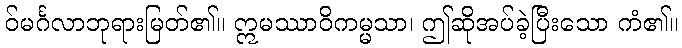
ဝ်မင်္ဂလာဘုရားမြတ်၏။ ဣမဿာဝိကမ္မသာ၊ ဤဆိုအပ်ခဲ့ပြီးသော ကံ၏။